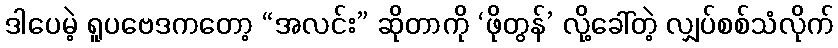
ဒါပေမဲ့ ရူပဗေဒကတော့ “အလင်း” ဆိုတာကို ‘ဖိုတွန်’ လို့ခေါ်တဲ့ လျှပ်စစ်သံလိုက်